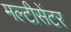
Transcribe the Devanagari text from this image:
मल्टीसेंटर